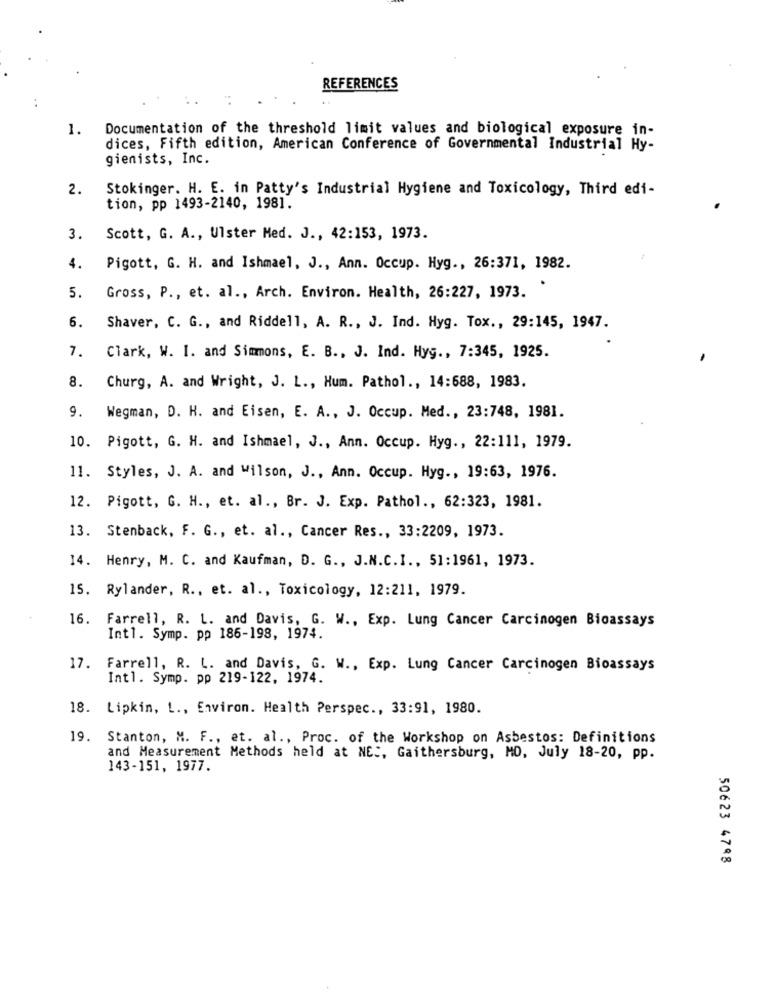
REFERENCES
1.
Documentation of the threshold limit values and biological exposure in-
dices, Fifth edition, American Conference of Governmental Industrial Hy-
gienists, Inc.
2.
Stokinger. H. E. in Patty's Industrial Hygiene and Toxicology, Third edi-
tion, pp 1493-2140, 1981.
3.
Scott, G. A ., Ulster Med. J ., 42:153, 1973.
4.
Pigott, G. H. and Ishmael, J ., Ann. Occup. Hyg ., 26:371, 1982.
5.
Gross, P ., et. al ., Arch. Environ. Health, 26:227, 1973.
6.
Shaver, C. G ., and Riddell, A. R ., J. Ind. Hyg. Tox ., 29:145, 1947.
7.
Clark, W. I. and Simmons, E. B ., J. Ind. Hyg ., 7:345, 1925.
8.
Churg, A. and Wright, J. L ., Hum. Pathol ., 14:688, 1983.
9.
Wegman, D. H. and Eisen, E. A ., J. Occup. Med ., 23:748, 1981.
10. Pigott, G. H. and Ishmael, J ., Ann. Occup. Hyg ., 22:111, 1979.
11. Styles, J. A. and Wilson, J ., Ann. Occup. Hyg ., 19:63, 1976.
12. Pigott, G. H ., et. al ., Br. J. Exp. Pathol ., 62:323, 1981.
13. Stenback, F. G ., et. al ., Cancer Res ., 33:2209, 1973.
14. Henry, M. C. and Kaufman, D. G ., J.N.C.I ., 51:1961, 1973.
15. Rylander, R ., et. al ., Toxicology, 12:211, 1979.
16.
Farrell, R. L. and Davis, G. W ., Exp. Lung Cancer Carcinogen Bioassays
Int1. Symp. pp 186-198, 1974.
17. Farrell, R. L. and Davis, G. W ., Exp. Lung Cancer Carcinogen Bioassays
Intl. Symp. pp 219-122, 1974.
18. Lipkin, L ., Environ. Health Perspec ., 33:91, 1980.
19. Stanton, M. F ., et. al ., Proc. of the Workshop on Asbestos: Definitions
and Measurement Methods held at NE :, Gaithersburg, MO, July 18-20, pp.
143-151, 1977.
50623 4798